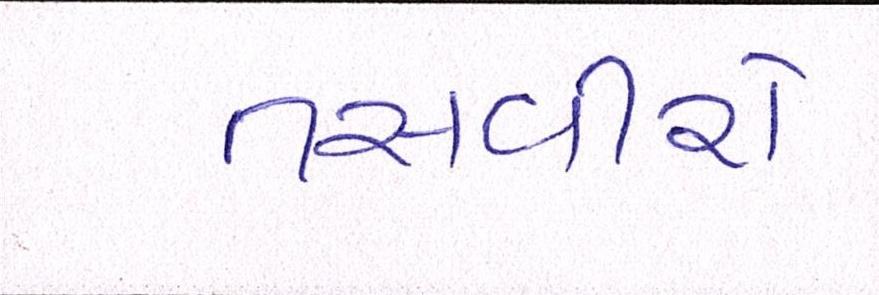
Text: તસવીરો